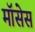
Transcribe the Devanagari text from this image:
मॉसेस